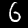
Label: 6